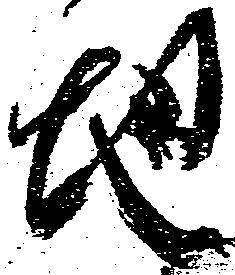
地